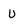
Character: U